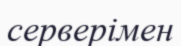
серверімен